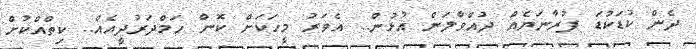
ދެން ކުޑަކުޑަ ފުރާނަޔެއް ދުއްވާލަން އުޅުން.. އެވަރު މީހަކަށް ކޮން ހަމްދަރުދީއެއް.. ކިތްއްކުށް